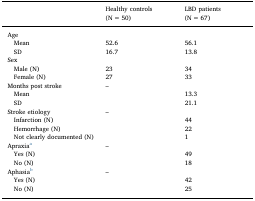
|  | Healthy controls (N = 50) | LBD patients (N = 67) |
 | --- | --- | --- |
 | Age |  |  |
 | Mean | 52.6 | 56.1 |
 | SD | 16.7 | 13.8 |
 | Sex |  |  |
 | Male (N) | 23 | 34 |
 | Female (N) | 27 | 33 |
 | Months post stroke | – |  |
 | Mean |  | 13.3 |
 | SD |  | 21.1 |
 | Stroke etiology | – |  |
 | Infarction (N) |  | 44 |
 | Hemorrhage (N) |  | 22 |
 | Not clearly documented (N) |  | 1 |
 | Apraxiaa | – |  |
 | Yes (N) |  | 49 |
 | No (N) |  | 18 |
 | Aphasiab | – |  |
 | Yes (N) |  | 42 |
 | No (N) |  | 25 |